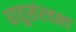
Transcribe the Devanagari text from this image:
धातुसंरचना